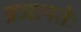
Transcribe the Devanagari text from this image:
प्रजापतेः